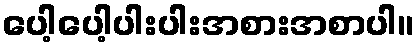
ပေါ့ပေါ့ပါးပါးအစားအစာပါ။